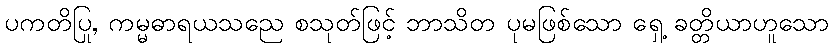
ပကတိပြု, ကမ္မဓာရယသညေ စသုတ်ဖြင့် ဘာသိတ ပုမဖြစ်သော ရှေ့ ခတ္တိယာဟူသော